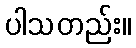
ပါသတည်း။